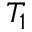
T _ { 1 }